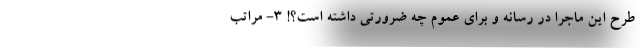
طرح این ماجرا در رسانه و برای عموم چه ضرورتی داشته است؟! ۳- مراتب